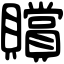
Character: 贘